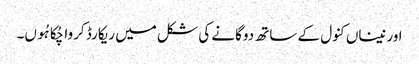
اور نیناں کنول کے ساتھ دوگانے کی شکل میں ریکارڈ کروا چُکا ہُوں۔